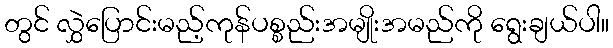
တွင် လွှဲပြောင်းမည့်ကုန်ပစ္စည်းအမျိုးအမည်ကို ရွေးချယ်ပါ။